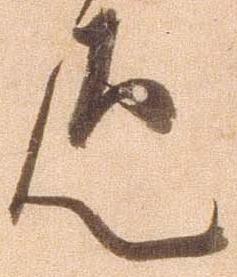
疋